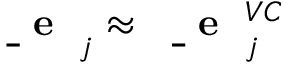
\mathrm { ~ \bf ~ \underline { ~ } { ~ e ~ } ~ } _ { j } \approx \mathrm { ~ \bf ~ \underline { ~ } { ~ e ~ } ~ } _ { j } ^ { V C }